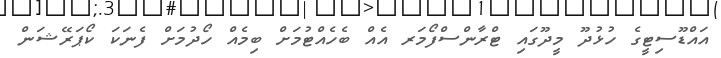
އައްޑޫސިޓީގެ ހުޅުދޫ މީދޫގައި ޓްރާންސްފޯމަރ އެއް ބެހެއްޓުމަށް ބިމެއް ހޯދުމަށް ފެނަކަ ކޯޕަރޭޝަން